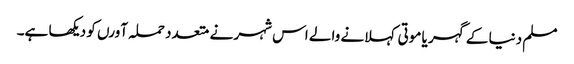
مسلم دنیا کے گہر یا موتی کہلانے والے اس شہر نے متعدد حملہ آورں کو دیکھا ہے۔